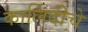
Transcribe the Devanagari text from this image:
कालिंदीचे